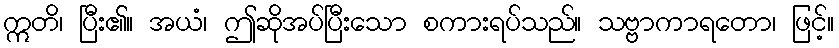
ဣတိ၊ ပြီး၏။ အယံ၊ ဤဆိုအပ်ပြီးသော စကားရပ်သည်။ သဗ္ဗာကာရတော၊ ဖြင့်။